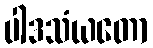
ပါဒသံယတော